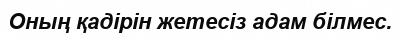
Оның қадірін жетесіз адам білмес.